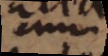
enim